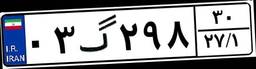
۰۳گ۲۹۸۳۰